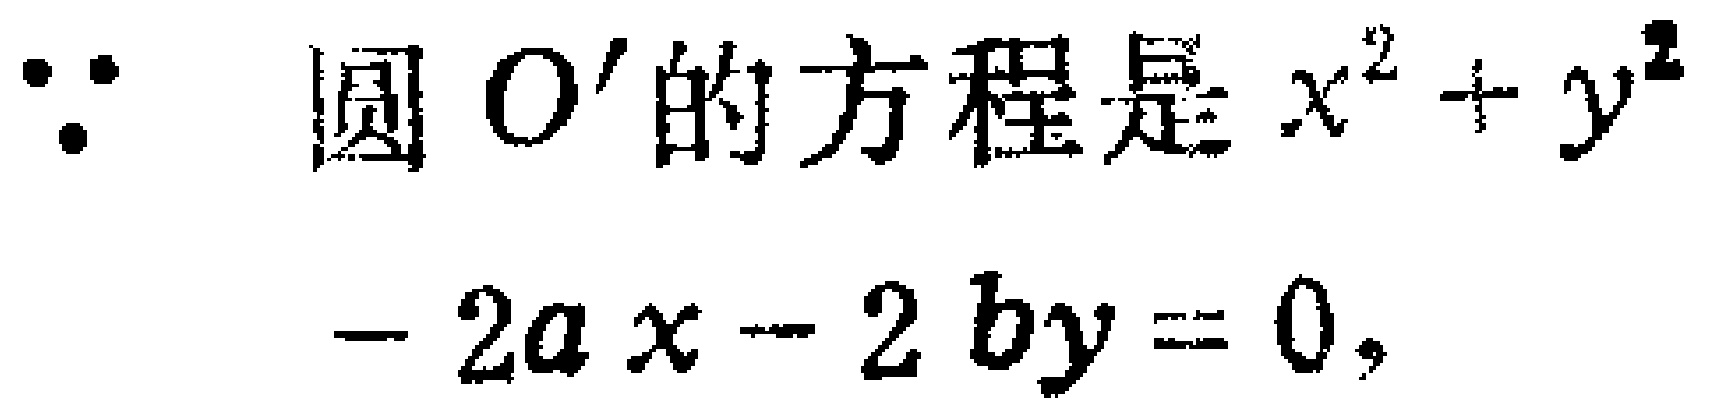
$\because$ 圆 $O'$ 的方程是 $x^{2}+y^{2}-2ax - 2by = 0,$